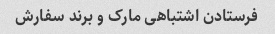
فرستادن اشتباهی مارک و برند سفارش